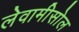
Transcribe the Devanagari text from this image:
लेवामीसोल